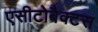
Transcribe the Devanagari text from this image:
एसीटोबैक्टस